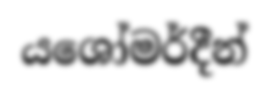
යශෝමර්දීන්